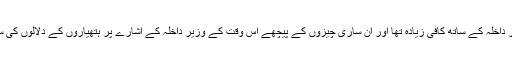
کہا تو یہ بھی جا رہا ہے کہ اس اخبار کے ایڈیٹر سمیت دیگر لوگوں کا اٹھنا بیٹھنا اس وقت کے وزیر داخلہ کے ساتھ کافی زیادہ تھا اور ان ساری چیزوں کے پیچھے اس وقت کے وزیر داخلہ کے اشارے پر ہتھیاروں کے دلالوں کی سیدھی مداخلت اور پاکستان اور چین کے مفادات میں کام کرنے والے ہندوستان کے لوگوں کا ہاتھ تھا۔